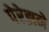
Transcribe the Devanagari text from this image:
पेरेझने